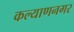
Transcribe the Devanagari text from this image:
कल्याणनगर